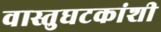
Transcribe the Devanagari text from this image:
वास्तुघटकांशी